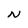
Character: N